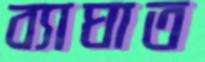
ব্যাঘাত